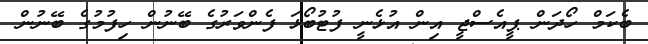
ބެކަމް ހޯދަން ޕީއެސްޖީ އިން އުޅެނީ ފުޓުބޯޅަ ފެންވަރުގެ ބޭނުން ހިފުމުގެ ބޭނުން